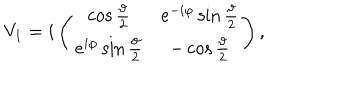
V _ { 1 } = i \left( \begin{array} { c c } { { \cos \frac { \vartheta } { 2 } } } & { { e ^ { - i \varphi } \sin \frac { \vartheta } { 2 } } } \\ { { e ^ { i \varphi } \sin \frac { \vartheta } { 2 } } } & { { - \cos \frac { \vartheta } { 2 } } } \\ \end{array} \right) ,